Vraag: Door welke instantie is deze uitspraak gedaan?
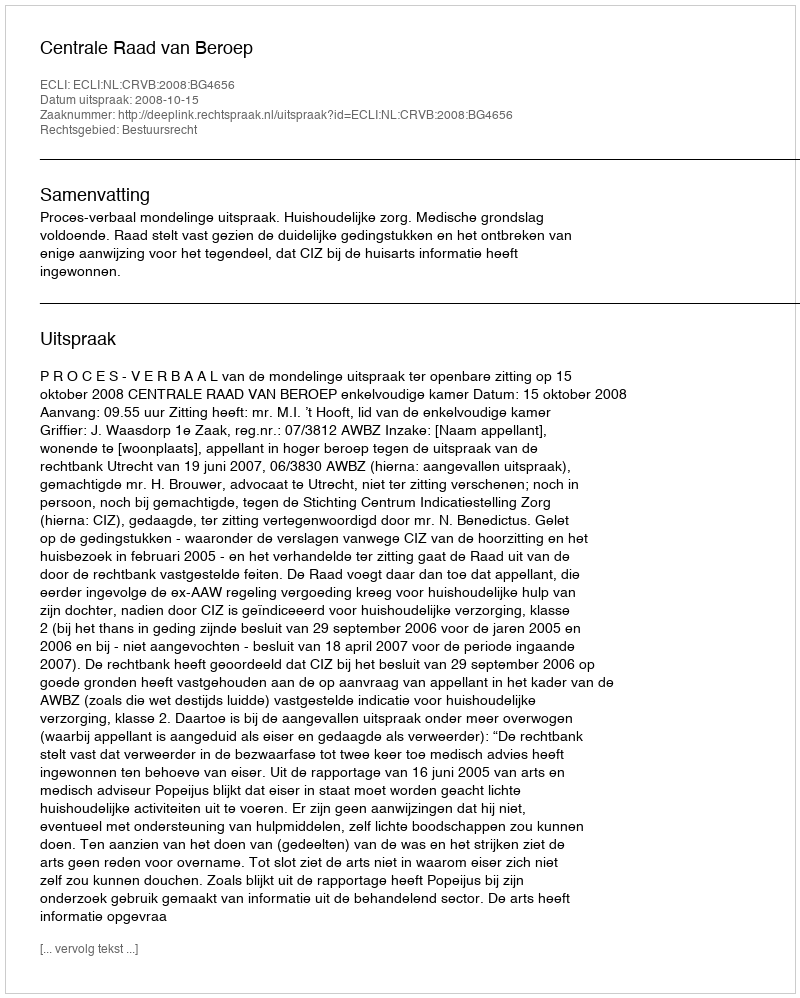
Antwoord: Centrale Raad van Beroep